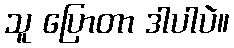
သူ ပြောတာ ဒါပါပဲ။